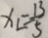
x _ { L } = \frac { 1 3 } { 5 }